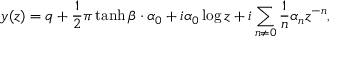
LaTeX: y ( z ) = q + \frac { 1 } { 2 } \pi \operatorname { t a n h } \beta \cdot \alpha _ { 0 } + i \alpha _ { 0 } \log z + i \sum _ { n \neq 0 } \frac { 1 } { n } \alpha _ { n } z ^ { - n } ,